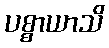
ပစ္စာယာသိ